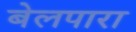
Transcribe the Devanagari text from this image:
बेलपारा